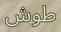
طوش